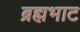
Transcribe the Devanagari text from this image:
ब्रह्मभाट